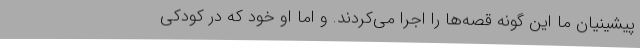
پیشینیان ما این گونه قصه‌ها را اجرا می‌کردند. و اما او خود که در کودکی